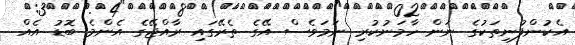
އެކުންފުނިތަކުގެ ނަން ހާމަނުކުރި ނަމަވެސް އޭގެ ތެރޭގައި ރާއްޖޭގެ އެންމެ ބޮޑު އެއް